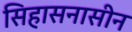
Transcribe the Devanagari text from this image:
सिहासनासीन